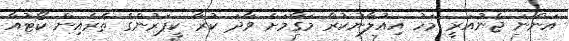
އަންނަ ޖެނުއަރީ މަހު އިއުލާނުކުރާ މަގާމަށް ވާދަ ކުރާ ކީޕަރުންގެ ތެރެއިން ކޯޓުއާ